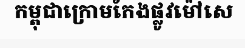
កម្ពុជាក្រោមកែងផ្លូវម៉ៅសេ